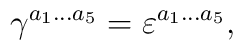
\gamma^{a_1\ldots a_5}=\varepsilon^{a_1\ldots a_5},